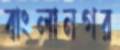
বাংলানগর